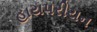
હાયપરીયન